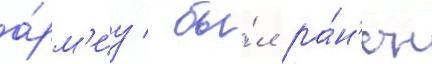
а́рм'иу / бы́л ра́н'ен